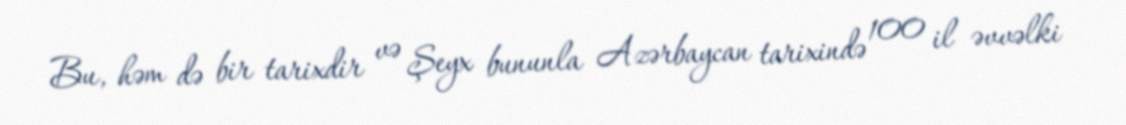
Bu, həm də bir tarixdir və Şeyx bununla Azərbaycan tarixində 100 il əvvəlki